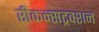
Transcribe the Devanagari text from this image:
रीकन्सट्रक्शन